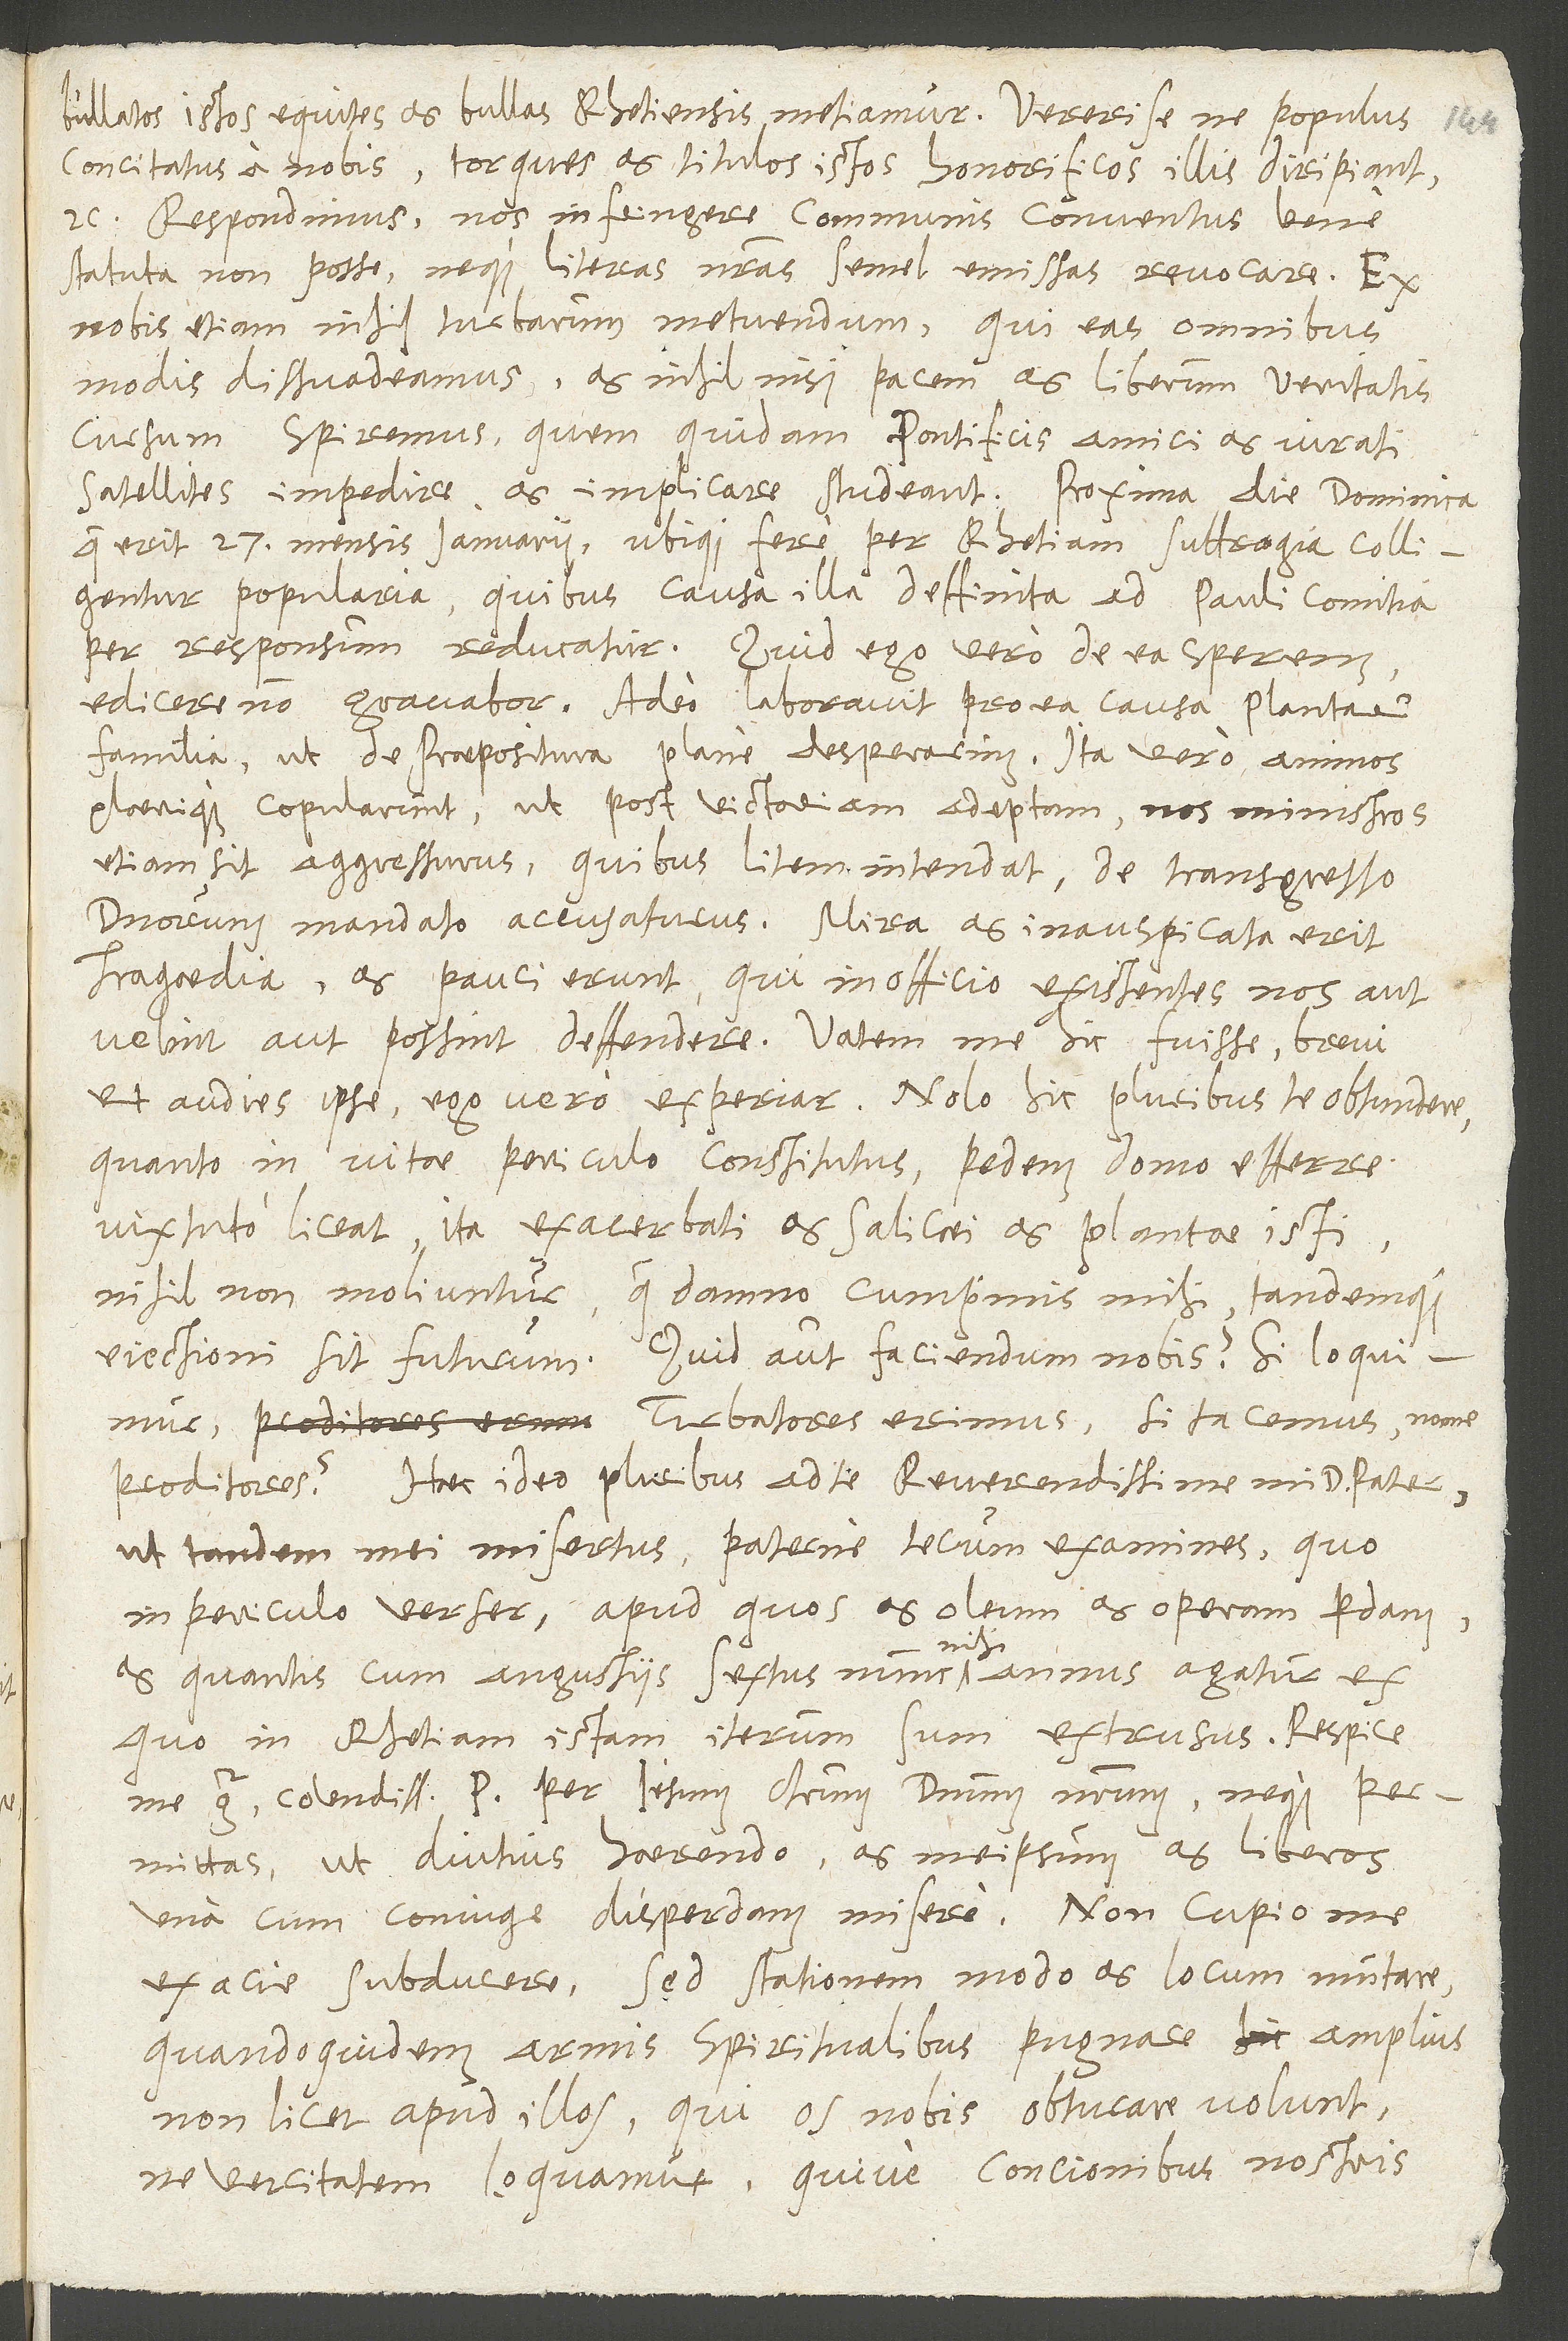
bullatos istos equites et bullas Rhetiensis metiamur. Vereri se, ne populus
concitatus a nobis torques ac titulos illos honorificos illis diripiat
etc. Respondimus nos infringere communis conventus bene
statuta non posse neque litteras nostras semel emissas revocare; ex
nobis etiam nihil turbarum metuendum, qui eas omnibus
modis dissuadeamus et nihil nisi pacem et liberum veritatis
cursum speremus, quem quidam pontificis amici et iurati
erit 27. mensis ianuarii, ubique fere per Rhetiam suffragia colligentur
popularia, quibus causa illa definita ad Pauli comitia
per responsum reducatur. Quid ego vero de ea sperem,
edicere non gravabor. Adeo laboravit pro ea causa Plantarum
plerique copularunt, ut post victoriam adeptam nos ministros
etiam sit agressurus, quibus litem intendat de transgresso
dominorum mandato accusaturus. Mira et inauspicata erit
tragoedia, et pauci erunt, qui in officio existentes nos aut
velint aut possint defendere. Vatem me hic fuisse brevi
et audies ipse, ego vero experiar. Nolo hic pluribus te obtundere,
quanto in vitae periculo constitutus pedem domo efferre
vix tuto liceat; ita exacerbati Italici et Plantae isti
non moliuntur, quod damno cumprimis mihi tandemque
eiectioni sit futurum. Quid autem faciendum nobis? Si loquimur,
turbatores erimus; si tacemus, nonne
proditores? Haec ideo pluribus ad te, reverendissime mi d. pater,
ut tandem mei misertus paterne tecum examines, quo
in periculo verser, apud quos et oleum et operam perdam
et quantis cum angustiis sextus nunc mihi annus agatur, ex
quo in Rhetiam istam iterum sum extrusus." Deshalb
ex acie subducere, sed stationem modo et locum mutare."